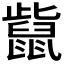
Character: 𪕊